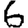
Digit: 6